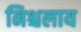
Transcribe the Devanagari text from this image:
निश्चलाय